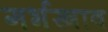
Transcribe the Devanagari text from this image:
गर्भस्त्राव